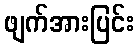
ဖျက်အားပြင်း